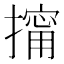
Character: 𱠶